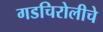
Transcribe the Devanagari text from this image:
गडचिरोलीचे